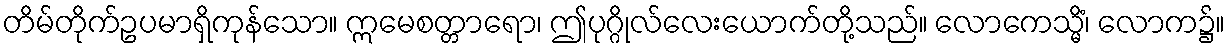
တိမ်တိုက်ဥပမာရှိကုန်သော။ ဣမေစတ္တာရော၊ ဤပုဂ္ဂိုလ်လေးယောက်တို့သည်။ လောကေသ္မိံ၊ လောက၌။